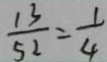
\frac { 1 3 } { 5 2 } = \frac { 1 } { 4 }